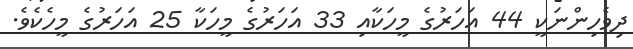
ދިވެހިންނަކީ 44 އަހަރުގެ މީހަކާއި 33 އަހަރުގެ މީހަކާ 25 އަހަރުގެ މީހެކެވެ.